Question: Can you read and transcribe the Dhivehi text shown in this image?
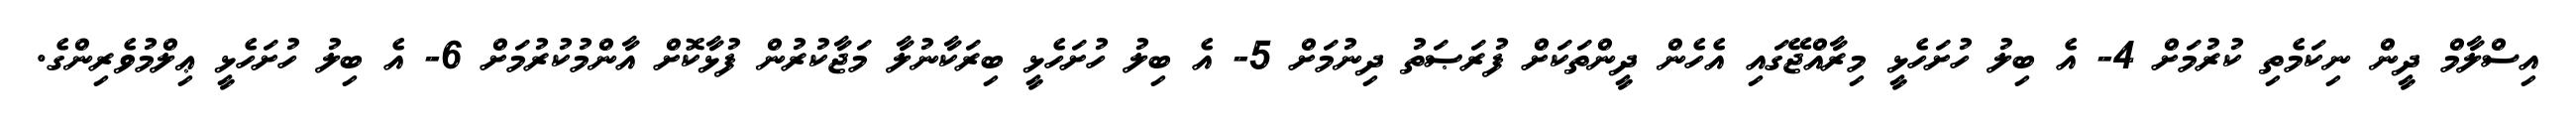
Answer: އިސްލާމް ދީން ނިކަމެތި ކުރުމަށް 4- އެ ބިލު ހުށަހެޅީ މިރާއްޖޭގައި އެހެން ދީންތަކަށް ފުރަޞަތު ދިނުމަށް 5- އެ ބިލު ހުށަހެޅީ ބިރަކާނުލާ މަޖާކުރުން ފުޅާކޮށް އާންމުކުރުމަށް 6- އެ ބިލު ހުށަހެޅީ ޢިލްމުވެރިންގެ.